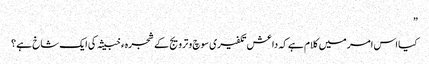
”
کیا اس امر میں کلام ہے کہ داعش تکفیری سوچ و ترویج کے شجرہء خبیثہ کی ایک شاخ ہے؟